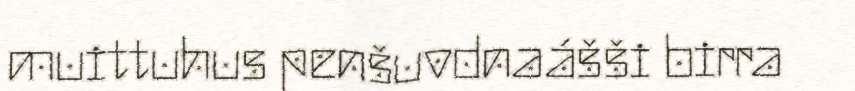
muittuhus penšuvdnaášši birra